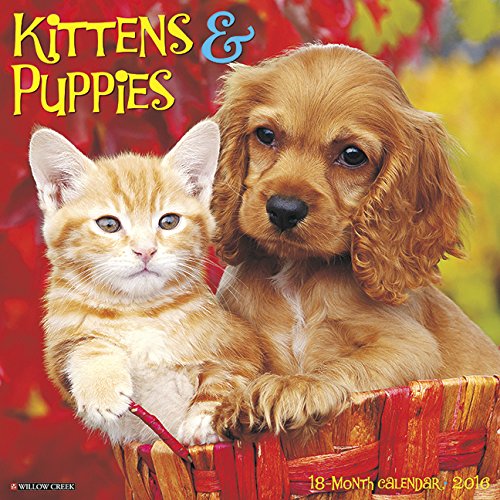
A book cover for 2016 Kittens & Puppies Wall Calendar; Willow Creek Press; Calendars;